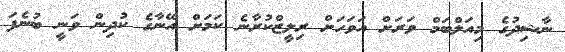
ނާޝިދުގެ މިއަލްބަމް ވަރަށް އަވަހަށް ރިލީޒްކުރާނެ ކަމަށް އޭނާގެ ކުދިން ވަނީ ބުނެފަ